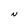
Character: N